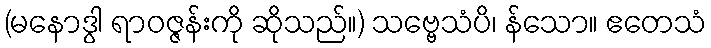
(မနောဒွါ ရာဝဇ္ဇန်းကို ဆိုသည်။) သဗ္ဗေသံပိ၊ န်သော။ ဧတေသံ